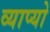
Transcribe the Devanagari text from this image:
व्याप्यो